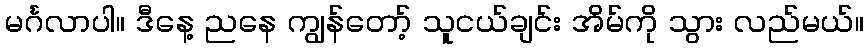
မင်္ဂလာပါ။ ဒီနေ့ ညနေ ကျွန်တော့် သူငယ်ချင်း အိမ်ကို သွား လည်မယ်။